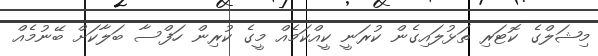
މިޝަލްގެ ކޮޓަރި ތަޅުލައިގެން ކުރަނީ ކީއްކަމެއް މީގެ ކުރިން ހަފްސާ ބަލާކަށް ބޭނުމެއް